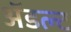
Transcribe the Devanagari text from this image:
ॲडल्ट